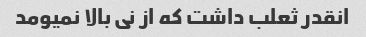
انقدر ثعلب داشت که از نی بالا نمیومد